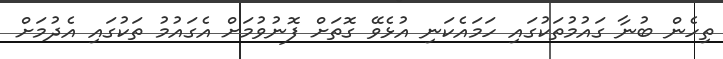
ތިހެން ބުނާ ގައުމުތަކުގައި ހަމައެކަނި އުޅެވޭ ގޮތަށް ފޮނުވުމަށް އެގައުމު ތަކުގައި އެދުމަށް